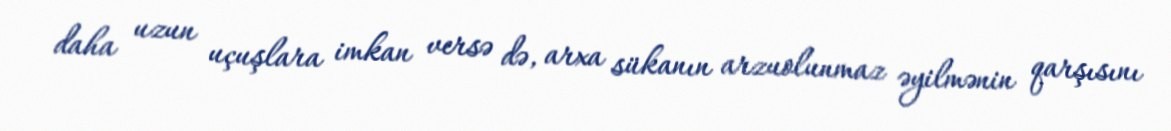
daha uzun uçuşlara imkan versə də, arxa sükanın arzuolunmaz əyilmənin qarşısını